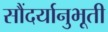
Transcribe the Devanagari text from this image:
सौंदर्यानुभूती